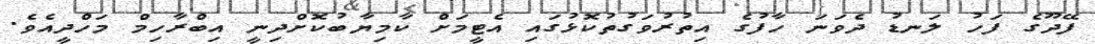
ފޭދޫގެ ފަހު ލަނޑު ދެވަނަ ހާފުގެ އިތުރުވަގުތުކޮޅުގައި އެޓީމަށް ކާމިޔާބުކޮށްދިނީ އިބްރާހިމް މަހްދީއެވެ.